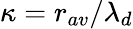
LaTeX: \kappa=r_{av}/\lambda_{d}